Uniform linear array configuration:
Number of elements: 24
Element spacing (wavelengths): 0.75
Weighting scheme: hann
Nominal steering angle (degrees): -60
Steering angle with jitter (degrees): -59.124
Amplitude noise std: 0.05
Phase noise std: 0.05

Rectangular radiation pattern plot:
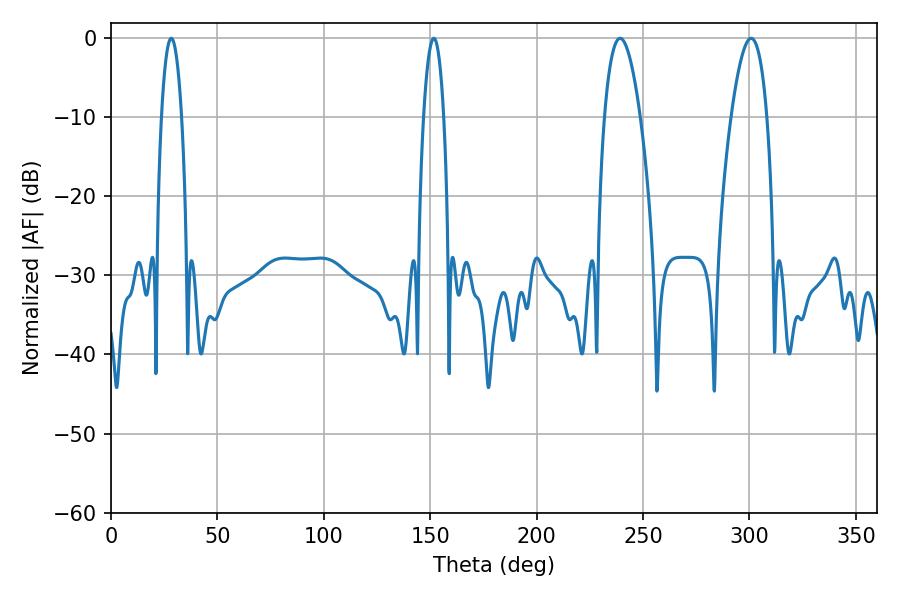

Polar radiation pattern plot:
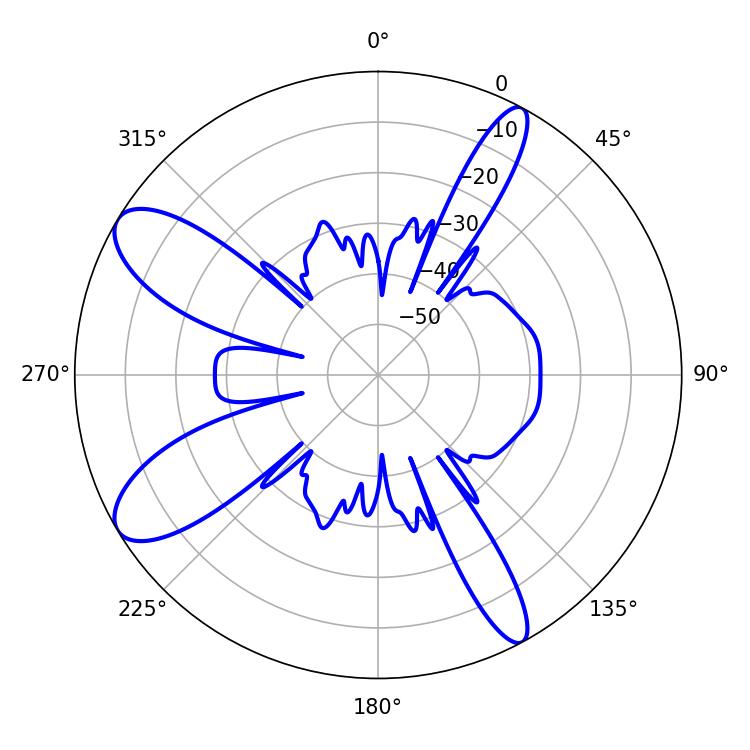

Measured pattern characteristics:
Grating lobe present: TRUE
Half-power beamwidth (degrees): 9.18
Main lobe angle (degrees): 239.22